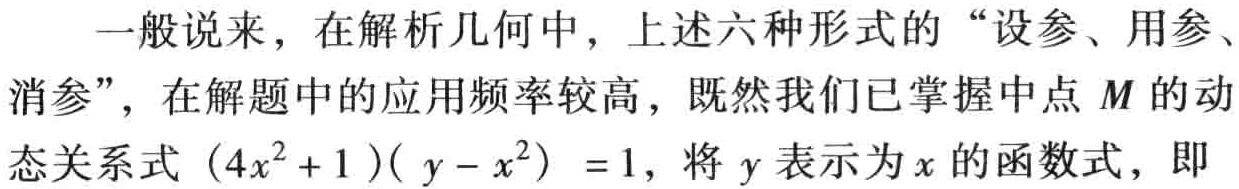
一般说来，在解析几何中，上述六种形式的“设参、用参、消参”，在解题中的应用频率较高，既然我们已掌握中点 \(M\) 的动态关系式 \((4x^{2}+1)(y - x^{2}) = 1\)，将 \(y\) 表示为 \(x\) 的函数式，即